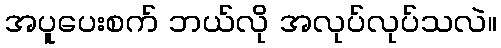
အပူပေးစက် ဘယ်လို အလုပ်လုပ်သလဲ။